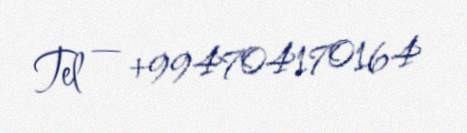
Tel — +994704170164